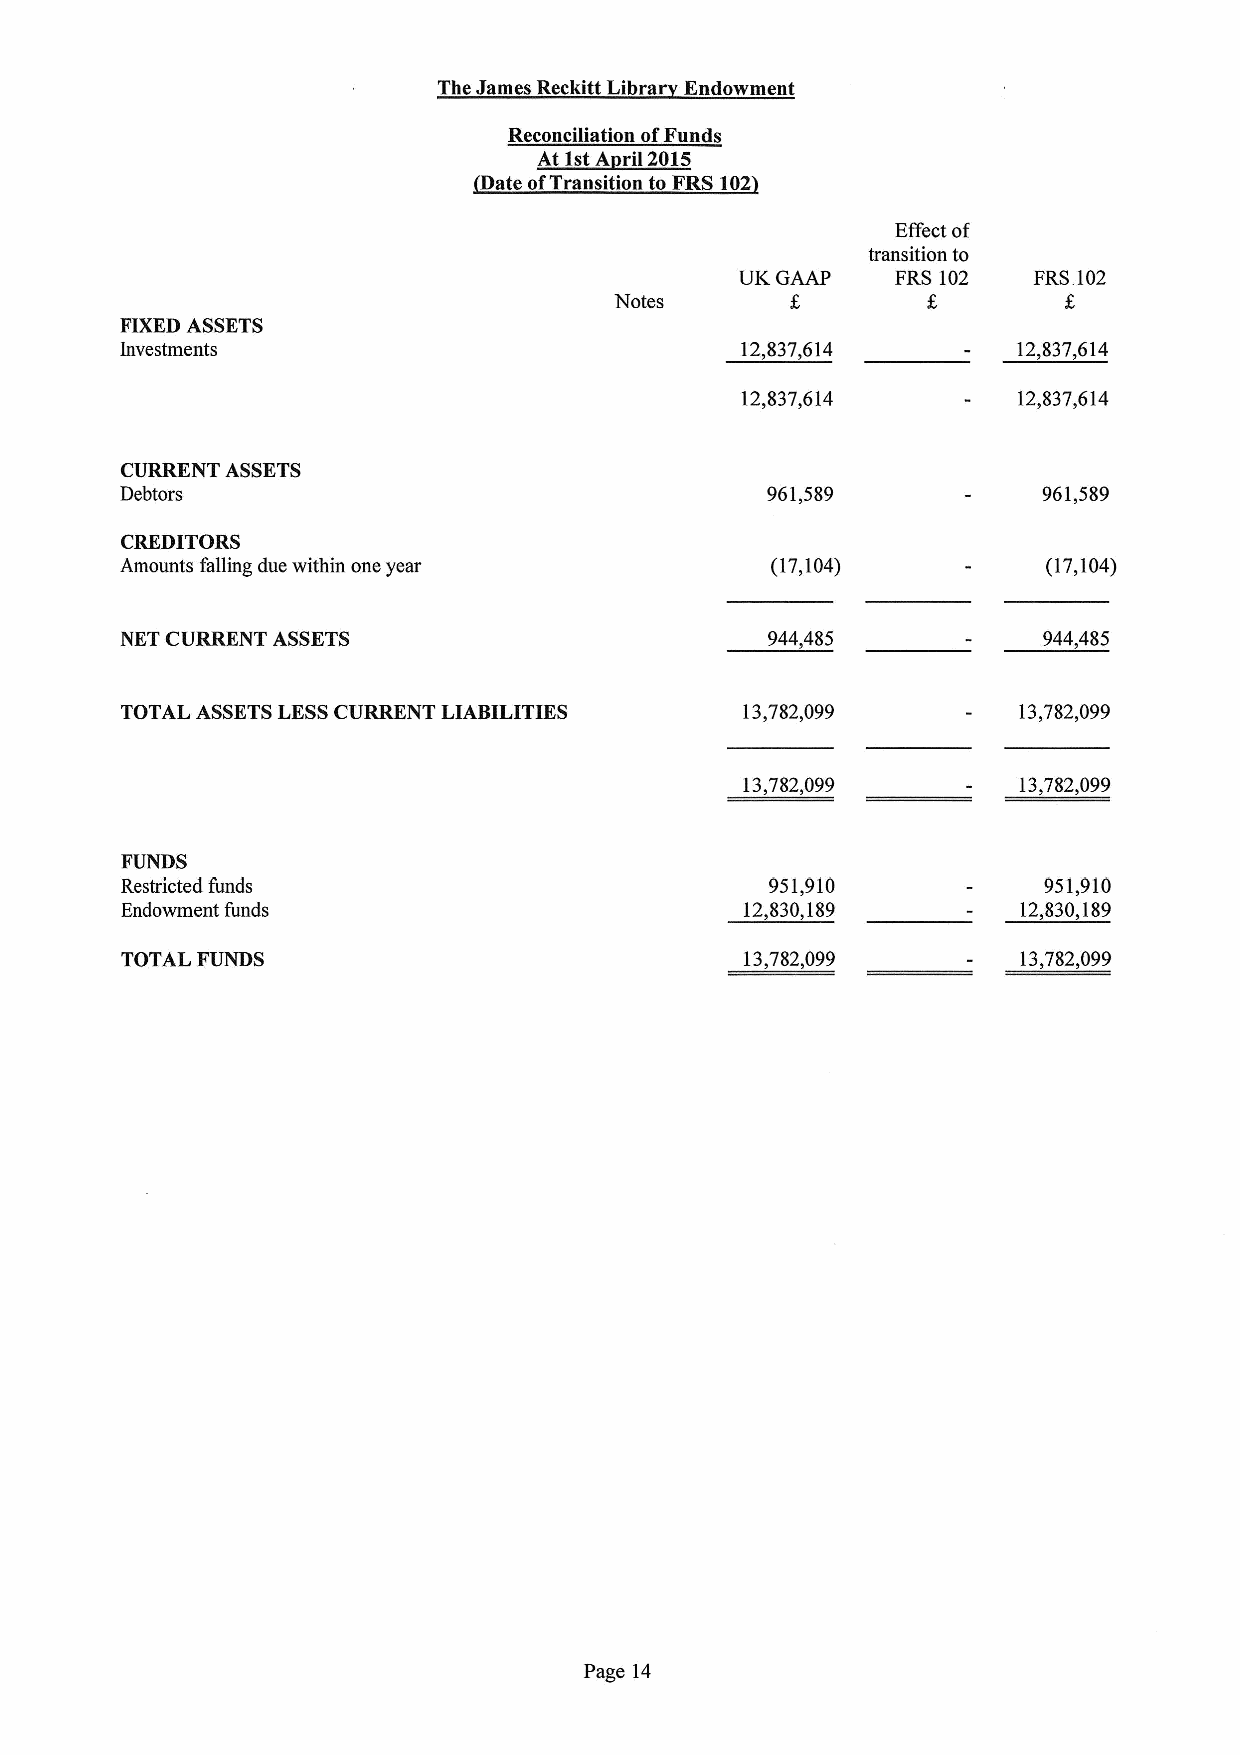
The James Reckitt Libra Endowment
 Reconciliation ofFunds
 At 1stA ril2015
 ate ofTransition to FRS 102
 Effect of
 transition to
 UK GAAP   FRS 102  FRS 102
 Notes
 FIXEDASSETS
 Investments                              12,837,614        12,837,614
 12,837,614        12,837,614
 CURRENT ASSETS
 Debtors                                    961,589           961,589
 CREDITORS
 Amounts falling due within one year        (17,104)          (17,104)
 NET CURRENT ASSETS                         944,485           944,485
 TOTAL ASSETSLESSCURRENT LIABILITIES      13,782,099        13,782,099
 13,782,099        13,782,099
 FUNDS
 Restricted funds                           951,910           951,910
 Endowment funds                          12,830,189         12,830,189
 TOTAL FUNDS                              13,782,099         13,782,099
 Page 14